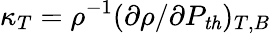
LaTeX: \kappa_{T}=\rho^{-1}(\partial\rho/\partial P_{\mathit{th}})_{T,B}